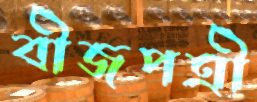
বীজপত্রী